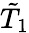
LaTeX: \tilde{T}_{1}